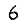
Digit: 6